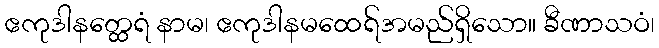
ဧကုဒါနတ္ထေရံ နာမ၊ ဧကုဒါနမထေရ်အမည်ရှိသော။ ခီဏာသဝံ၊